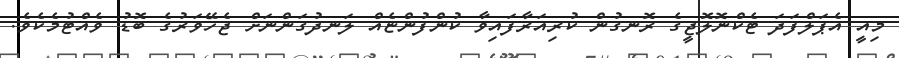
މިއީ އެޕަލްފަދަ ޓެކްނޮލޮޖީގެ ރޮނގުން ކުރިއަރާފައިވާ ކުންފުންޏެއް ލަނދުގަންނަށް ޖެހޭވަރުގެ ބޮޑު ވެއްޓުމެކެވެ.